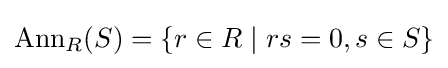
\operatorname {Ann} _{R}(S)=\{r\in R\mid rs=0,s\in S\}